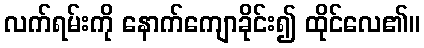
လက်ရမ်းကို နောက်ကျောခိုင်း၍ ထိုင်လေ၏။